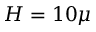
H = 1 0 \mu